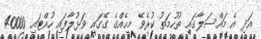
އަދި އެ މައްސަލާގައި ތުހުމަތު ކުރެވޭ މީހެއްގެ ގޭގައި ވަޅުލާފައި ހުއްޓައި 40000